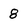
Character: 8